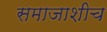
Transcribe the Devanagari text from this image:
समाजाशीच